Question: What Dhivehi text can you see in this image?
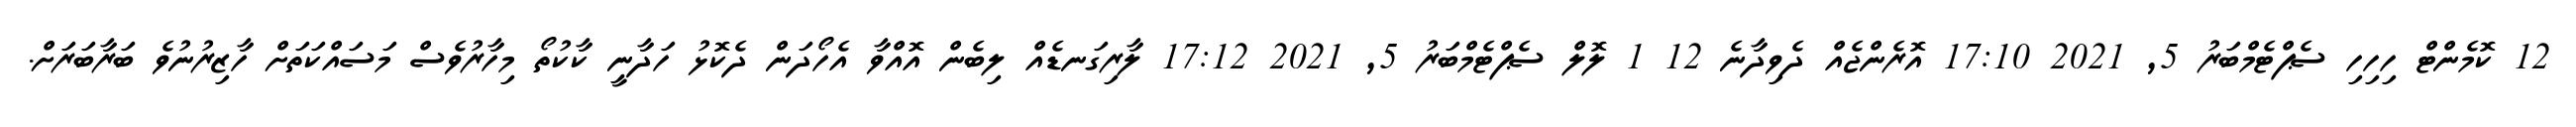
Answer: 12 ކޮމެންޓް ހިހިހި ސެޕްޓެމްބަރު 5, 2021 17:10 އޮރެންޖެއް ދެވިދާނެ 12 1 ލޮލް ސެޕްޓެމްބަރު 5, 2021 17:12 ލާރިގަނޑެއް ލިބެން އޮއްވާ އެހޯދަން ދެކޮޅު ހަދާނީ ކާކުތޯ މިހާރުވެސް މަސައްކަތަށް ހާޒިރުނުވެ ބަރާބަރަށް.